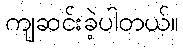
ကျဆင်းခဲ့ပါတယ်။